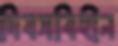
দিবসবিহীন